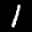
Label: 1